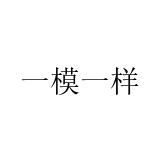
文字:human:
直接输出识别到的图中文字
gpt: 一模一样